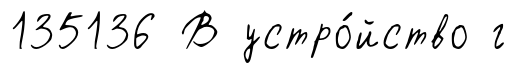
135136 В устро́йство г